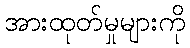
အားထုတ်မှုများကို